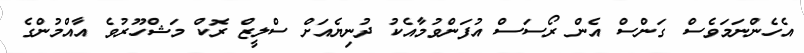
އެހެންނަމަވެސް ގަންސް އެން ރޯސަސް އުފަންވުމާއެކު ދުނިޔެއަށް ސްލީޒް ރޮކް މަޝްހޫރުވެ އާއްމުންގެ